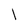
Character: l